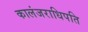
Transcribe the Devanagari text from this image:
कालंजराधिपति